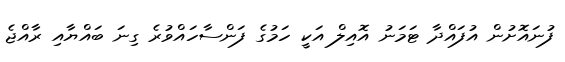
ފުނައޮށުން އުފައްދާ ޓަމަނު އޮއިލް އަކީ ހަމުގެ ފަންސާހައްވުރެ ގިނަ ބައްޔާއި ރާއްޖެ